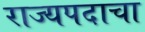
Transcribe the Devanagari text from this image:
राज्यपदाचा